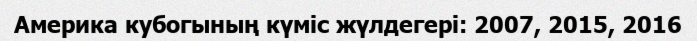
Америка кубогының күміс жүлдегері: 2007, 2015, 2016